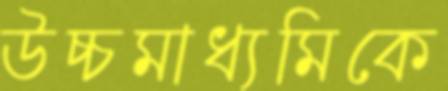
উচ্চমাধ্যমিকে